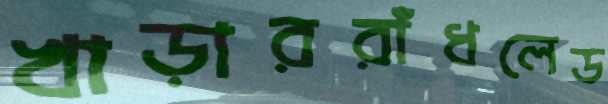
খাড়াররাঁধলেড